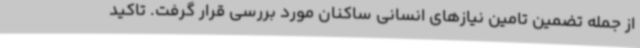
از جمله تضمین تامین نیازهای انسانی ساکنان مورد بررسی قرار گرفت. تاکید